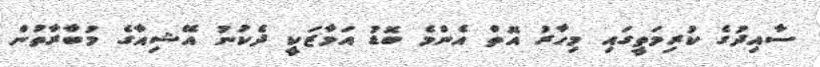
ސާއިދުގެ ކުރިމަތީގައި މިހާރު އޮތް އެންމެ ބޮޑު އަމާޒަކީ ދެކުނު އޭޝިއާގެ މުބާރާތުން